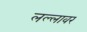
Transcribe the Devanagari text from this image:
लल्लावर